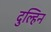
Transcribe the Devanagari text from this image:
दुल्हिन